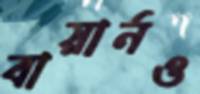
বায়ার্নও